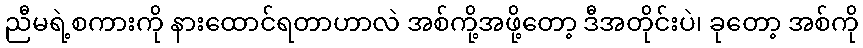
ညီမရဲ့စကားကို နားထောင်ရတာဟာလဲ အစ်ကို့အဖို့တော့ ဒီအတိုင်းပဲ၊ ခုတော့ အစ်ကို